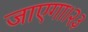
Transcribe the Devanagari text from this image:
जाएगा।२३